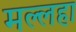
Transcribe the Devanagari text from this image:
मल्लहा